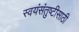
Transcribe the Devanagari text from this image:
स्वयंसंतुष्टीसाठी